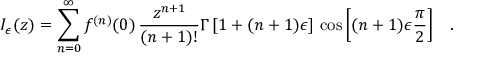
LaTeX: I _ { \epsilon } ( z ) = \sum _ { n = 0 } ^ { \infty } f ^ { ( n ) } ( 0 ) \, \frac { z ^ { n + 1 } } { ( n + 1 ) ! } \Gamma \left[ 1 + ( n + 1 ) \epsilon \right] \, \cos \left[ ( n + 1 ) \epsilon \frac { \pi } { 2 } \right] \; \; \; .